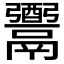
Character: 𩱗